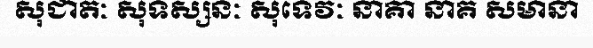
សុជាតៈ សុទស្សនៈ សុទេវៈ នាគា នាគ សមានា